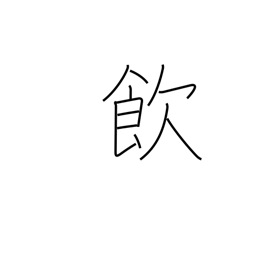
Meaning: take